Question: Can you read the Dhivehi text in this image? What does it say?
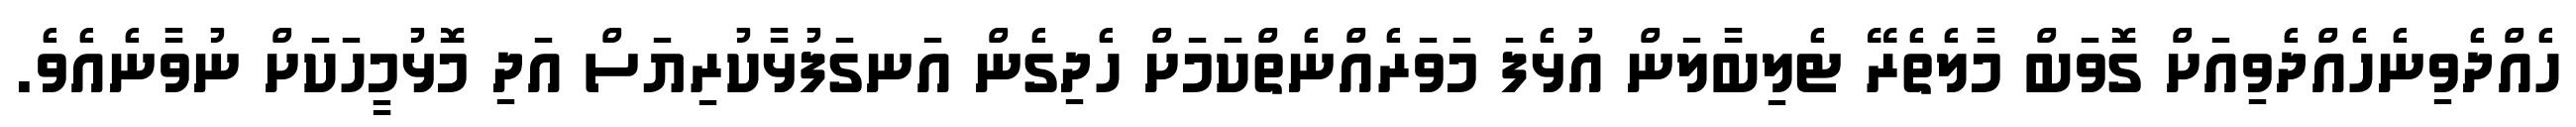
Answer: ހެއްދެވިނެހެއްދެވިއަށް ގޮވަބް މާލެތެރޭ ޓެލިބާލަން އުޅެފަ މަވަރެއްނެތްކަމަށް ހެދިގެން އަނގަފުޅާކުރިޔަސް އަދި މޮޅުމީހަކަށް ނުވާނެއެވެ.